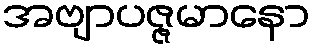
အဗျာပဇ္ဇမာနော